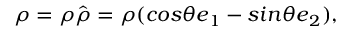
\boldsymbol { \rho } = \rho \hat { \boldsymbol { \rho } } = \rho ( c o s \theta \boldsymbol { e } _ { 1 } - s i n \theta \boldsymbol { e } _ { 2 } ) ,